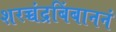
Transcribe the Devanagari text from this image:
शरच्चंद्रबिंबाननं